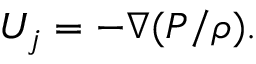
U _ { j } = - \nabla ( { P } / { \rho } ) .